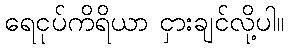
ရေငုပ်ကိရိယာ ငှားချင်လို့ပါ။